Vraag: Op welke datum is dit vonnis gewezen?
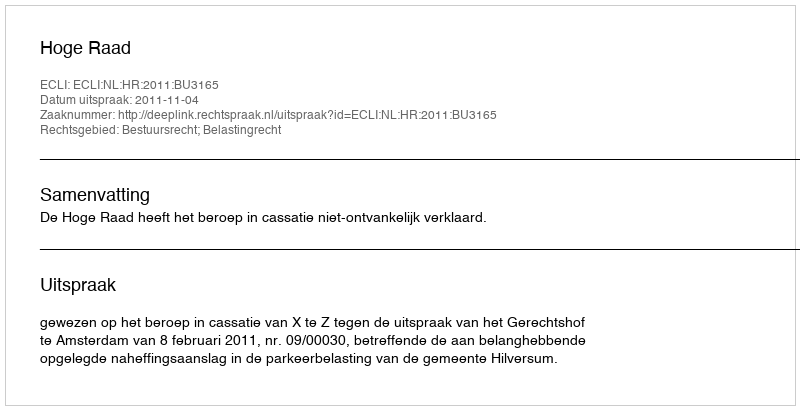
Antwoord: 2011-11-04